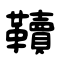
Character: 韇